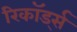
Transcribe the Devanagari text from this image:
रिकॉर्ड्स